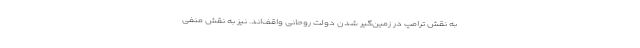
به نقش ترامپ در زمین‌گیر شدن دولت روحانی واقف‌اند. نیز به نقش منفی